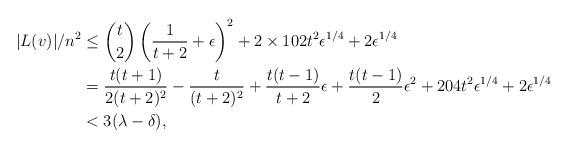
LaTeX: \begin{align*}|L(v)|/n^2& \le \binom{t}{2}\left(\frac{1}{t+2}+\epsilon\right)^2 + 2\times 102t^2\epsilon^{1/4} + 2\epsilon^{1/4} \\& = \frac{t(t+1)}{2(t+2)^2} - \frac{t}{(t+2)^2} +\frac{t(t-1)}{t+2}\epsilon + \frac{t(t-1)}{2}\epsilon^2+204t^2\epsilon^{1/4} + 2\epsilon^{1/4} \\& < 3(\lambda-\delta), \end{align*}